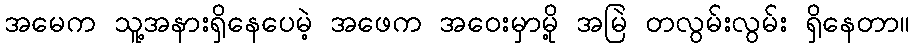
အမေက သူ့အနားရှိနေပေမဲ့ အဖေက အဝေးမှာမို့ အမြဲ တလွမ်းလွမ်း ရှိနေတာ။